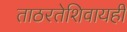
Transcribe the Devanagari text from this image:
ताठरतेशिवायही